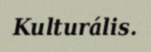
Kulturális.